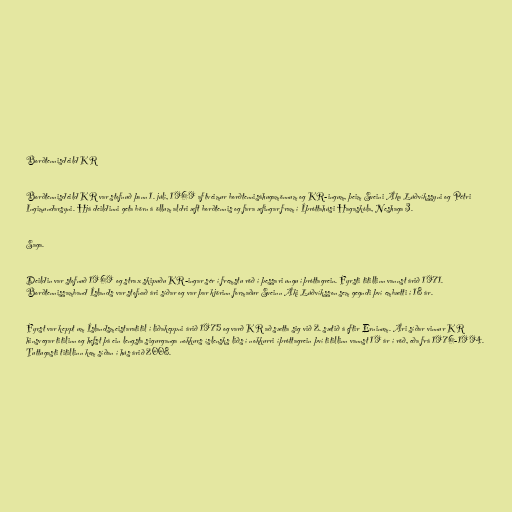
Borðtennisdeild KR

Borðtennisdeild KR var stofnuð þann 1. júlí, 1969 af tveimur borðtennisáhugamönnum og KR-ingum, þeim Sveini Áka Lúðvíkssyni og Pétri
Ingimundarsyni. Hjá deildinni geta börn á öllum aldri æft borðtennis og fara æfingar fram í Íþróttahúsi Hagaskóla, Neshaga 3.

Saga.

Deildin var stofnuð 1969 og strax skipuðu KR-ingar sér í fremstu röð í þessari ungu íþróttagrein. Fyrsti titillinn vannst árið 1971.
Borðtennissamband Íslands var stofnað ári síðar og var þar kjörinn formaður Sveinn Áki Lúðvíksson sem gegndi því embætti í 18 ár.

Fyrst var keppt um Íslandsmeistaratitil í liðakeppni árið 1975 og varð KR að sætta sig við 2. sætið á eftir Erninum. Ári síðar vinnur KR
hinsvegar titilinn og hefst þá ein lengsta sigurganga nokkurs íslensks liðs í nokkurri íþróttagrein því titillinn vannst 19 ár í röð, eða frá 1976-1994.
Tuttugasti titillinn kom síðan í hús árið 2008.